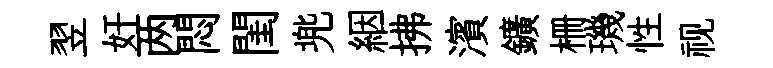
翌奸两悶閨兠絪拂濱鑛栅璣性视